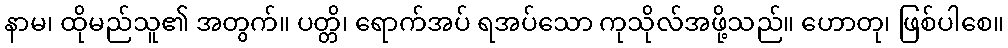
နာမ၊ ထိုမည်သူ၏ အတွက်။ ပတ္တိ၊ ရောက်အပ် ရအပ်သော ကုသိုလ်အဖို့သည်။ ဟောတု၊ ဖြစ်ပါစေ။